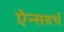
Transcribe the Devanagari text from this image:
ऐन्सवर्थ